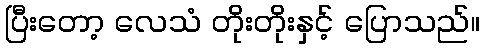
ပြီးတော့ လေသံ တိုးတိုးနှင့် ပြောသည်။